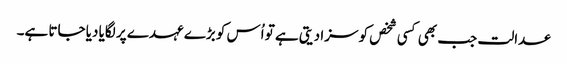
عدالت جب بھی کسی شخص کو سزا دیتی ہے تو اُس کو بڑے عہدے پر لگایا دیا جاتا ہے۔